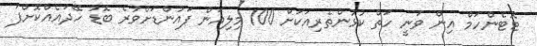
ޓޮޓެންހަމް އިން ވަނީ ހަތް ކުޅުންތެރިއަކަށް 100 މިލިއަން ޕައުންޑަށްވުރެ ބޮޑު ހޭދައެއްކޮށްފަ